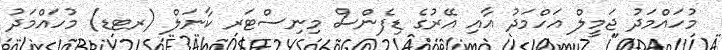
މުހައްމަދު ޖަމީލް އަހްމަދު އާއި އޭރުގެ ޑިފެންސް މިނިސްޓަރ ކާނަލް (ރޓޑ) މުހައްމަދު